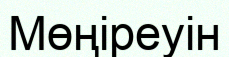
Мөңіреуін